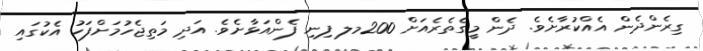
ގިރެންދެން އެއްކުރާށެވެ. ދެން މީގެތެރެއަށް 200މލ ފިނި ފެންއަޅާށެވެ. އަދި މަތިޖެހުމަށްފަހު އެކުގައި